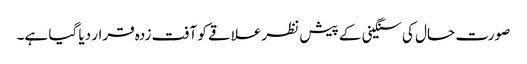
صورت حال کی سنگینی کے پیش نظرعلاقے کو آفت زدہ قرار دیا گیا ہے۔